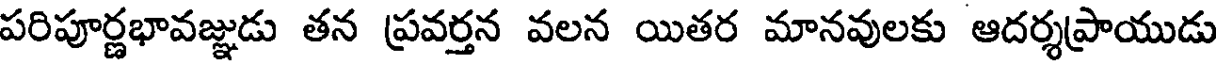
పరిపూర్ణభావజ్ఞుడు తన ప్రవర్తన వలన యితర మానవులకు ఆదర్శప్రాయుడు